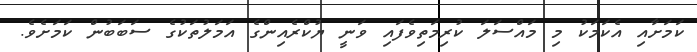
ކަމަށާއި އެކަމަކު މި މައްސަލަ ކުރިމަތިވެފައި ވަނީ ޔުކްރެއިންގެ އަމަލުތަކުގެ ސަބަބުން ކަމަށެވެ.